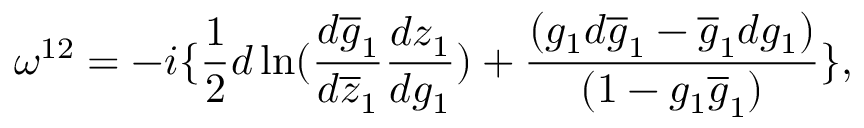
\omega ^ { 1 2 } = - i \{ \frac { 1 } { 2 } d \ln ( \frac { d \overline { { { g } } } _ { 1 } } { d \overline { { { z } } } _ { 1 } } \frac { d z _ { 1 } } { d g _ { 1 } } ) + \frac { ( g _ { 1 } d \overline { { { g } } } _ { 1 } - \overline { { { g } } } _ { 1 } d g _ { 1 } ) } { ( 1 - g _ { 1 } \overline { { { g } } } _ { 1 } ) } \} ,